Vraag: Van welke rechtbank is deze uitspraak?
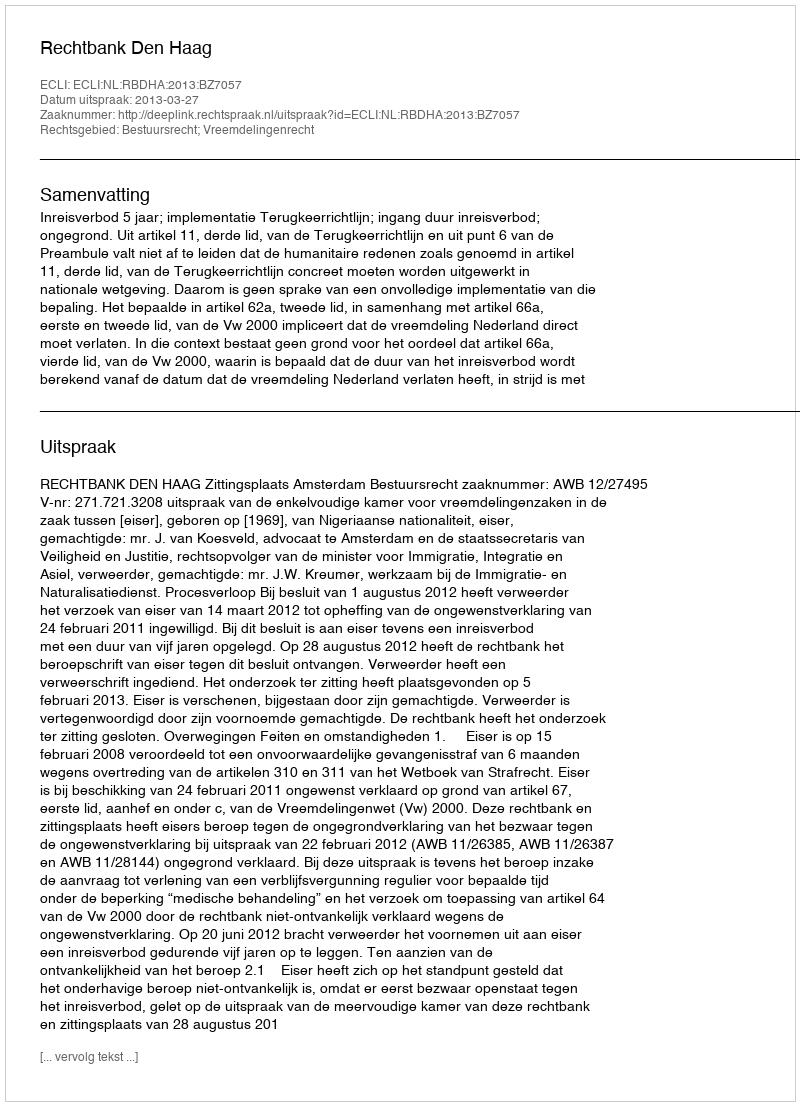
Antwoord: Rechtbank Den Haag